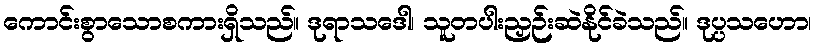
ကောင်းစွာသောစကားရှိသည်။ ဒုရာသဒေါ၊ သူတပါးညှဉ်းဆဲနိုင်ခဲသည်။ ဒုပ္ပသဟော၊